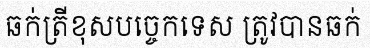
ឆក់ត្រីខុសបច្ចេកទេស ត្រូវបានឆក់